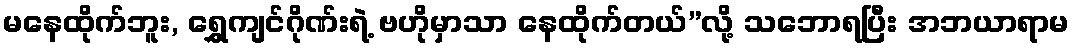
မနေထိုက်ဘူး, ရွှေကျင်ဂိုဏ်းရဲ့ ဗဟိုမှာသာ နေထိုက်တယ်”လို့ သဘောရပြီး အဘယာရာမ